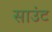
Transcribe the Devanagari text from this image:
साउंट